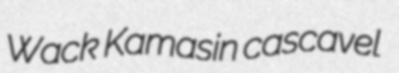
Wack Kamasin cascavel